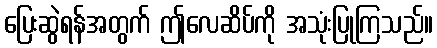
ပြေးဆွဲရန်အတွက် ဤလေဆိပ်ကို အသုံးပြုကြသည်။